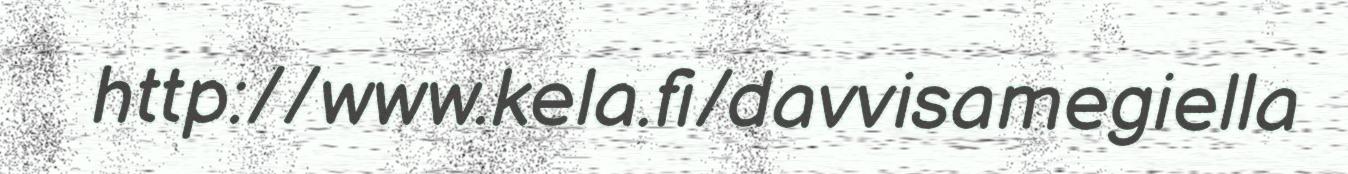
http://www.kela.fi/davvisamegiella